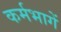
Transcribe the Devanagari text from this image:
कर्मभागें